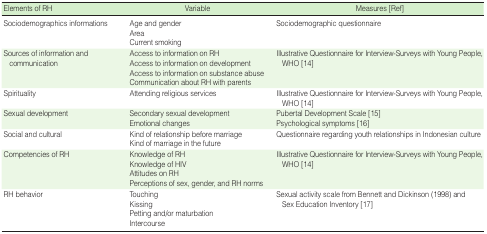
<table><thead><tr><td><b>Elements of RH</b></td><td><b>Variable</b></td><td><b>Measures [Ref]</b></td></tr></thead><tbody><tr><td rowspan="3">Sociodemographics informations</td><td>Age and gender</td><td rowspan="3">Sociodemographic questionnaire</td></tr><tr><td>Area</td></tr><tr><td>Current smoking</td></tr><tr><td rowspan="4">Sources of information and communication</td><td>Access to information on RH</td><td rowspan="4">Illustrative Questionnaire for Interview-Surveys with Young People, WHO [14]</td></tr><tr><td>Access to information on development</td></tr><tr><td>Access to information on substance abuse</td></tr><tr><td>Communication about RH with parents</td></tr><tr><td>Spirituality</td><td>Attending religious services</td><td>Illustrative Questionnaire for Interview-Surveys with Young People,WHO [14]</td></tr><tr><td rowspan="2">Sexual development</td><td>Secondary sexual development</td><td>Pubertal Development Scale [15]</td></tr><tr><td>Emotional changes</td><td>Psychological symptoms [16]</td></tr><tr><td rowspan="2">Social and cultural</td><td>Kind of relationship before marriage</td><td rowspan="2">Questionnaire regarding youth relationships in Indonesian culture</td></tr><tr><td>Kind of marriage in the future</td></tr><tr><td rowspan="4">Competencies of RH</td><td>Knowledge of RH</td><td rowspan="4">Illustrative Questionnaire for Interview-Surveys with Young People, WHO [14]</td></tr><tr><td>Knowledge of HIV</td></tr><tr><td>Attitudes on RH</td></tr><tr><td>Perceptions of sex, gender, and RH norms</td></tr><tr><td rowspan="4">RH behavior</td><td>Touching</td><td rowspan="4">Sexual activity scale from Bennett and Dickinson (1998) andSex Education Inventory [17]</td></tr><tr><td>Kissing</td></tr><tr><td>Petting and/or maturbation</td></tr><tr><td>Intercourse</td></tr></tbody></table>